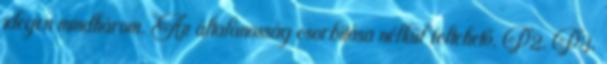
idegen mindhárom. Az általánosság csorbítása nélkül feltehető, P2, P3,